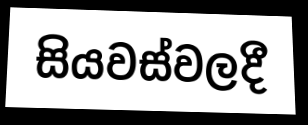
සියවස්වලදී